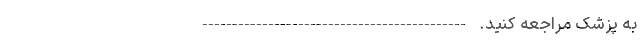
به پزشک مراجعه کنید. --------------------------------------------